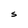
Character: S